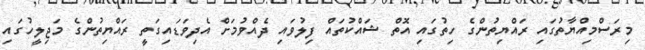
މިރަސްމިއްޔާތުގައި ރައްޔިތުންގެ ހިތުގައި އޮތް ޝައްކުތައް ފިލުވައި ދެއްވުމަށް އެދިވަޑައިގަތީ ރައްޔިތުންގެ މަޖިލީހުގައި